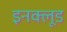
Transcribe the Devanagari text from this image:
इनक्लूड